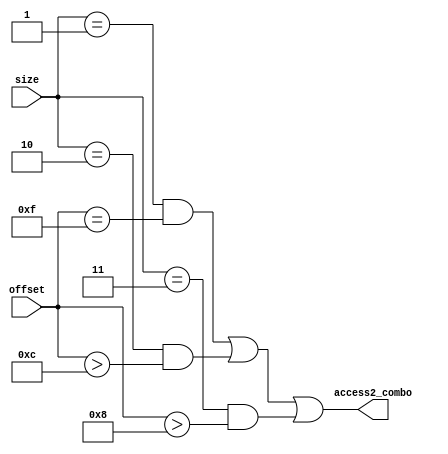
/*************** Microarchiture Project******************/
/********************************************************/
/* Module: Access2 combinational signal generation      */
/* Description: Detect if 2nd access is required        */
/********************************************************/

module access2_combo_gen(access2_combo, offset, size);

input  [3:0] offset;
input  [1:0] size;
output       access2_combo;

wire w_size_eq2, w_offset_eq15, w_size_eq4, w_offset_gt12, w_size_eq8, w_offset_gt8;

assign w_offset_gt8 = offset > 4'd8;
assign w_offset_gt12 = offset > 4'd12;
assign w_offset_eq15 = offset == 4'd15;

assign w_size_eq8 = size == 2'b11;
assign w_size_eq4 = size == 2'b10;
assign w_size_eq2 = size == 2'b01;

assign access2_combo = (w_size_eq2 & w_offset_eq15) | (w_size_eq4 & w_offset_gt12) | (w_size_eq8 & w_offset_gt8);

endmodule